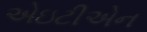
એઇટીએન